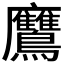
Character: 𪈲